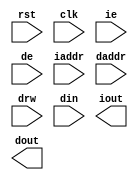
module mod_X(rst, clk, ie, de, iaddr, daddr, drw, din, iout, dout);
        input rst;
        input clk;
        input ie,de;
        input [31:0] iaddr, daddr;
        input [1:0] drw;
        input [31:0] din;
        output [31:0] iout, dout;

        wire [31:0] idata, ddata;
        assign iout = idata;
        assign dout = ddata;

	/* all data bus activity is negative edge triggered */
	always @(negedge clk) begin
		if (drw[0] && de && !rst) begin
			/* write cycle */
		end else if (rst) begin
			/* idle / read cycle */
		end
	end
endmodule